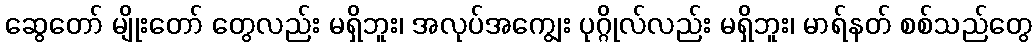
ဆွေတော် မျိုးတော် တွေလည်း မရှိဘူး၊ အလုပ်အကျွေး ပုဂ္ဂိုလ်လည်း မရှိဘူး၊ မာရ်နတ် စစ်သည်တွေ